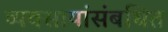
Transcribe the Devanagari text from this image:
व्यवसायांसंबधित